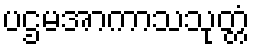
ပဌမအာကာသသုတ္တံ